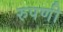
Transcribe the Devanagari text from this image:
रुपणी